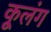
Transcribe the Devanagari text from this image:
कूलंग